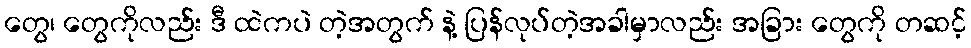
တွေ၊ တွေကိုလည်း ဒီ ထဲကပဲ တဲ့အတွက် နဲ့ ပြန်လုပ်တဲ့အခါမှာလည်း အခြား တွေကို တဆင့်